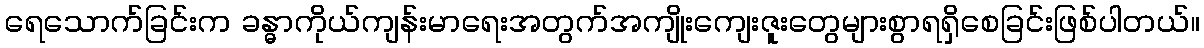
ရေသောက်ခြင်းက ခန္ဓာကိုယ်ကျန်းမာရေးအတွက်အကျိုးကျေးဇူးတွေများစွာရရှိစေခြင်းဖြစ်ပါတယ်။